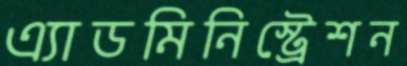
এ্যাডমিনিস্ট্রেশন